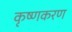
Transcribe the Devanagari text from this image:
कृष्णकरण